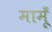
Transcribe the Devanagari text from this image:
मामूँ